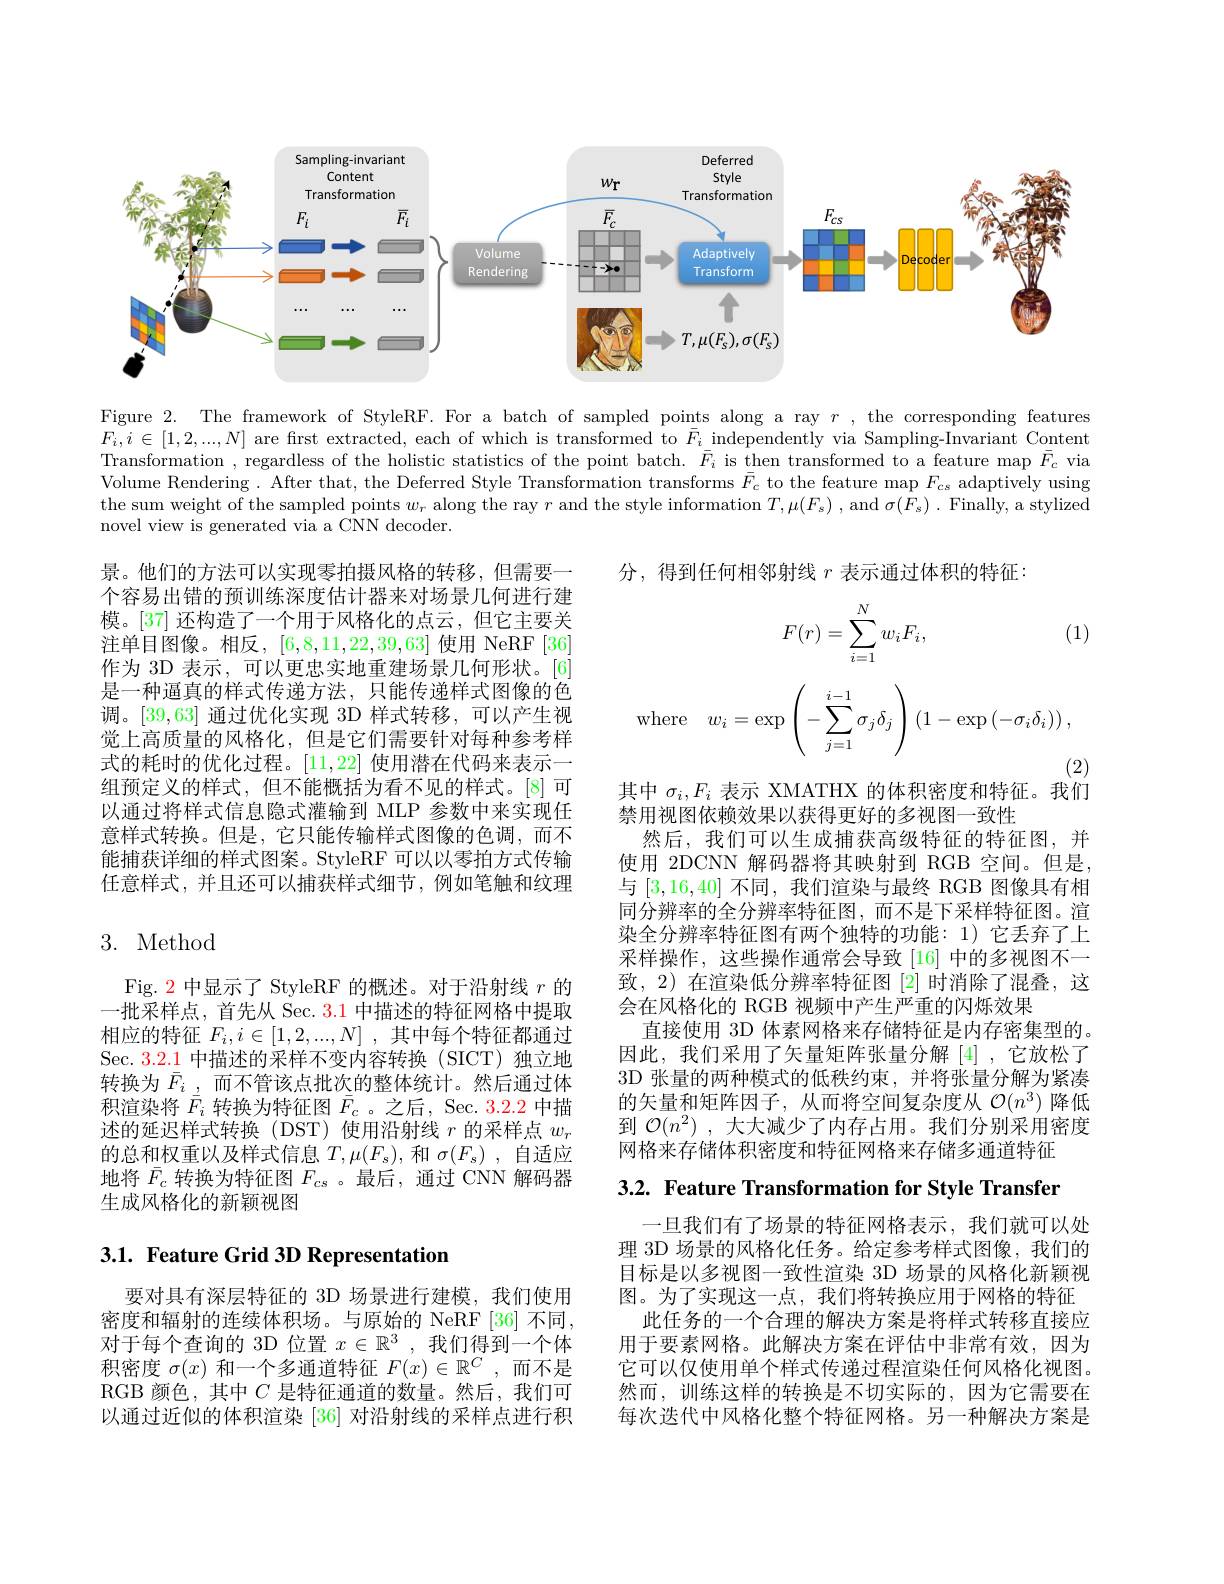
<FigureHere>

Figure 2. The framework of StyleRF. For a batch of sampled points along a ray $r$, the corresponding features $F_i,i\in[1,2,...,N]$ are frst extracted, each of which is transformed to $\bar{F}_i$ independently via Sampling-Invariant Content Transformation , regardless of the holistic statistics of the point batch. $\bar{F}_i$ is then transformed to a feature map $\bar{F}_c$ via Volume Rendering. After that, the Deferred Style Transformation transforms $\bar{F}_c$ to the feature map $F_{cs}$ adaptively using the sum weight of the sampled points $w_r$ along the ray $r$ and the style information $T,\mu(F_s)$ , and $\sigma(F_s).$ Finally, a stylized novel view is generated via a CNN decoder.

分，得到任何相邻射线$r$表示通过体积的特征：

(1)
$$F(r)=\sum_{i=1}^Nw_iF_i,$$
$$\mathrm{where}\quad w_i=\exp\left(-\sum_{j=1}^{i-1}\sigma_j\delta_j\right)\left(1-\exp\left(-\sigma_i\delta_i\right)\right),$$
景。他们的方法可以实现零拍摄风格的转移，但需要一个容易出错的预训练深度估计器来对场景几何进行建模。[37] 还构造了一个用于风格化的点云，但它主要关注单目图像。相反，[6,8,11,22,39,63]使用 NeRF [36] 作为 3D 表示，可以更忠实地重建场景几何形状。[6] 是一种通真的样式传递方法，只能传递样式图像的色调。[39,63] 通过优化实现 3D 样式转移，可以产生视觉上高质量的风格化，但是它们需要针对每种参考样式的耗时的优化过程。[11,22]使用潜在代码来表示一组预定义的样式，但不能概括为看不见的样式。[8]可以通过将样式信息隐式灌输到 MLP 参数中来实现任意样式转换。但是，它只能传输样式图像的色调，而不能捕获详细的样式图案。StyleRF 可以以零拍方式传输任意样式，并且还可以捕获样式细节，例如笔触和纹理

(2)
其中$\sigma_i,F_i$表示 XMATHX 的体积密度和特征。我们

# 3. Method

禁用视图依赖效果以获得更好的多视图一致性
然后，我们可以生成捕获高级特征的特征图，并使用 2DCNN 解码器将其映射到 RGB 空间。但是， 与[3,16,40]不同，我们渲染与最终 RGB 图像具有相同分辨率的全分辨率特征图，而不是下采样特征图。渲染全分辨率特征图有两个独特的功能：1)它丢弃了上采样操作，这些操作通常会导致[16]中的多视图不一致，2) 在渲染低分辨率特征图[2]时消除了混叠，这会在风格化的 RGB 视频中产生严重的闪烁效果
直接使用 3D 体素网格来存储特征是内存密集型的。因此，我们采用了矢量矩阵张量分解[4] ,它放松了3D 张量的两种模式的低秩约束，并将张量分解为紧凑的矢量和矩阵因子，从而将空间复杂度从$\mathcal{O}(n^3)$降低到$\mathcal{O}(n^2)$ ,大大减少了内存占用。我们分别采用密度网格来存储体积密度和特征网格来存储多通道特征

Fig. 2 中显示了 StyleRF 的概述。对于沿射线$r$的一批采样点，首先从 Sec. 3.1 中描述的特征网格中提取相应的特征$F_i,i\in[1,2,...,N]$ ,其中每个特征都通过Sec. 3.2.1中描述的采样不变内容转换(SICT)独立地转换为$\bar{F}_i$ ,而不管该点批次的整体统计。然后通过体积渲染将$\bar{F}_i$转换为特征图$\bar{F}_c$ 。之后，Sec. 3.2.2 中描述的延迟样式转换(DST)使用沿射线$r$的采样点$w_r$ 的总和权重以及样式信息$T,\mu(F_s)$,和$\sigma(F_s)$,自适应地将$\bar{F}_c$转换为特征图$F_c$s 。最后，通过 CNN 解码器生成风格化的新颖视图

3.2. Feature Transformation for Style Transfer

# 3.1. Feature Grid 3D Representation

一日我们有了场景的特征网格表示，我们就可以处理 3D 场景的风格化任务。给定参考样式图像，我们的目标是以多视图一致性渲染 3D 场景的风格化新颖视图。为了实现这一点，我们将转换应用于网格的特征
此任务的一个合理的解决方案是将样式转移直接应用于要素网格。此解决方案在评估中非常有效，因为它可以仅使用单个样式传递过程渲染任何风格化视图。然而，训练这样的转换是不切实际的，因为它需要在每次迭代中风格化整个特征网格。另一种解决方案是

要对具有深层特征的 3D 场景进行建模，我们使用密度和辐射的连续体积场。与原始的 NeRF[36] 不同， 对于每个查询的 3D 位置$x\in\mathbb{R}^3$ ,我们得到一个体积密度$\sigma(x)$和一个多通道特征$F(x)\in\mathbb{R}^C$,而不是RGB 颜色，其中$C$是特征通道的数量。然后，我们可以通过近似的体积渲染 [36] 对沿射线的采样点进行积